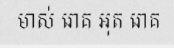
មាស់ រោគ អុត រោគ